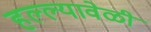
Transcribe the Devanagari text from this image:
हल्ल्यावेळी